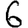
Digit: 6